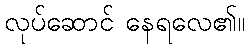
လုပ်ဆောင် နေရလေ၏။